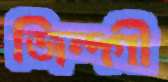
জিন্দ্‌গী